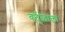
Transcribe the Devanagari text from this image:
वर्तुळाला